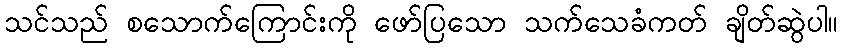
သင်သည် စသောက်ကြောင်းကို ဖော်ပြသော သက်သေခံကတ် ချိတ်ဆွဲပါ။